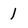
Character: I